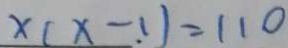
x ( x - 1 ) = 1 1 0